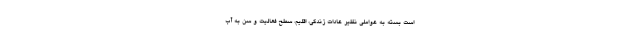
است بسته به عواملی نظیر عادات زندگی، اقلیم، سطح فعالیت و سن به آب